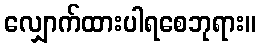
လျှောက်ထားပါရစေဘုရား။